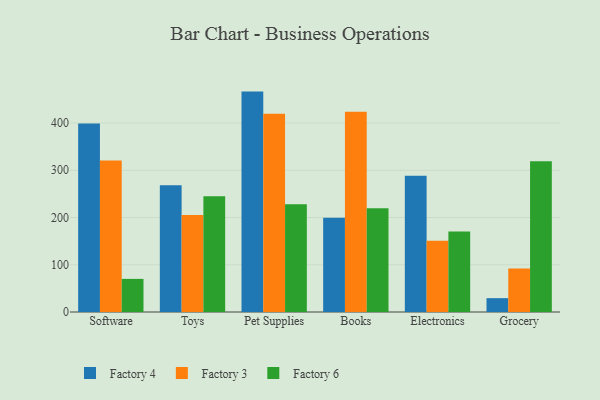
{"axis": {"x": "Category", "y": "Revenue (USD Million)"}, "legend": ["Factory 3", "Factory 4", "Factory 6"], "data": [{"x": "Software", "y": 399.0, "type": "Factory 4"}, {"x": "Software", "y": 320.6, "type": "Factory 3"}, {"x": "Software", "y": 70.1, "type": "Factory 6"}, {"x": "Toys", "y": 268.5, "type": "Factory 4"}, {"x": "Toys", "y": 205.6, "type": "Factory 3"}, {"x": "Toys", "y": 245.3, "type": "Factory 6"}, {"x": "Pet Supplies", "y": 466.6, "type": "Factory 4"}, {"x": "Pet Supplies", "y": 419.7, "type": "Factory 3"}, {"x": "Pet Supplies", "y": 228.2, "type": "Factory 6"}, {"x": "Books", "y": 199.6, "type": "Factory 4"}, {"x": "Books", "y": 423.9, "type": "Factory 3"}, {"x": "Books", "y": 219.5, "type": "Factory 6"}, {"x": "Electronics", "y": 288.3, "type": "Factory 4"}, {"x": "Electronics", "y": 150.6, "type": "Factory 3"}, {"x": "Electronics", "y": 170.5, "type": "Factory 6"}, {"x": "Grocery", "y": 29.3, "type": "Factory 4"}, {"x": "Grocery", "y": 92.2, "type": "Factory 3"}, {"x": "Grocery", "y": 319.4, "type": "Factory 6"}]}